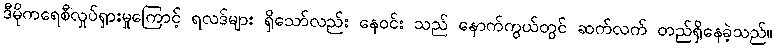
ဒီမိုကရေစီလှုပ်ရှားမှုကြောင့် ရလဒ်များ ရှိသော်လည်း နေဝင်း သည် နောက်ကွယ်တွင် ဆက်လက် တည်ရှိနေခဲ့သည်။